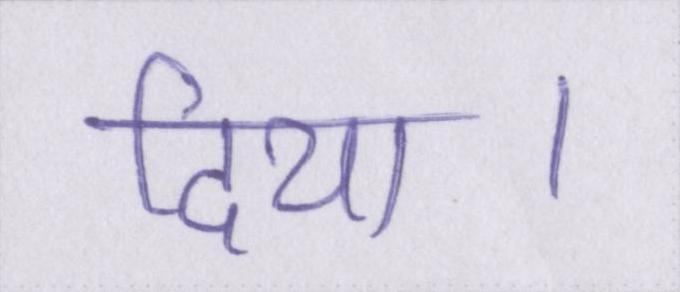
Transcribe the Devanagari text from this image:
दिया।